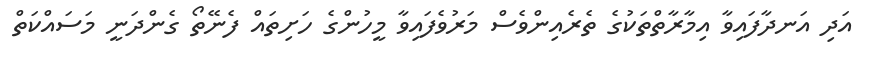
އަދި އަނދާފައިވާ އިމާރާތްތަކުގެ ތެރެއިންވެސް މަރުވެފައިވާ މީހުންގެ ހަށިތައް ފެނޭތޯ ގެންދަނީ މަސައްކަތް